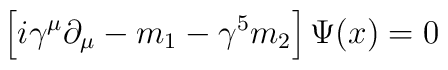
\left [i\gamma^\mu \partial_\mu - m_1 - \gamma^5 m_2 \right ] \Psi (x) =0\,